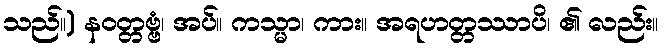
သည်။) နဝတ္တဗ္ဗံ၊ အပ်။ ကသ္မာ၊ ကား။ အရဟတ္တဿာပိ၊ ၏ လည်း။